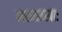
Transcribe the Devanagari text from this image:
मरुत्सखाः